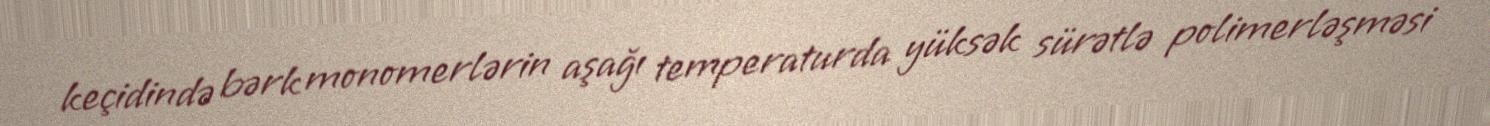
keçidində bərk monomerlərin aşağı temperaturda yüksək sürətlə polimerləşməsi